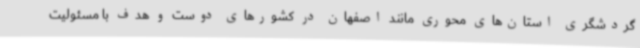
گردشگری استان‌های محوری مانند اصفهان در کشورهای دوست و هدف با مسئولیت